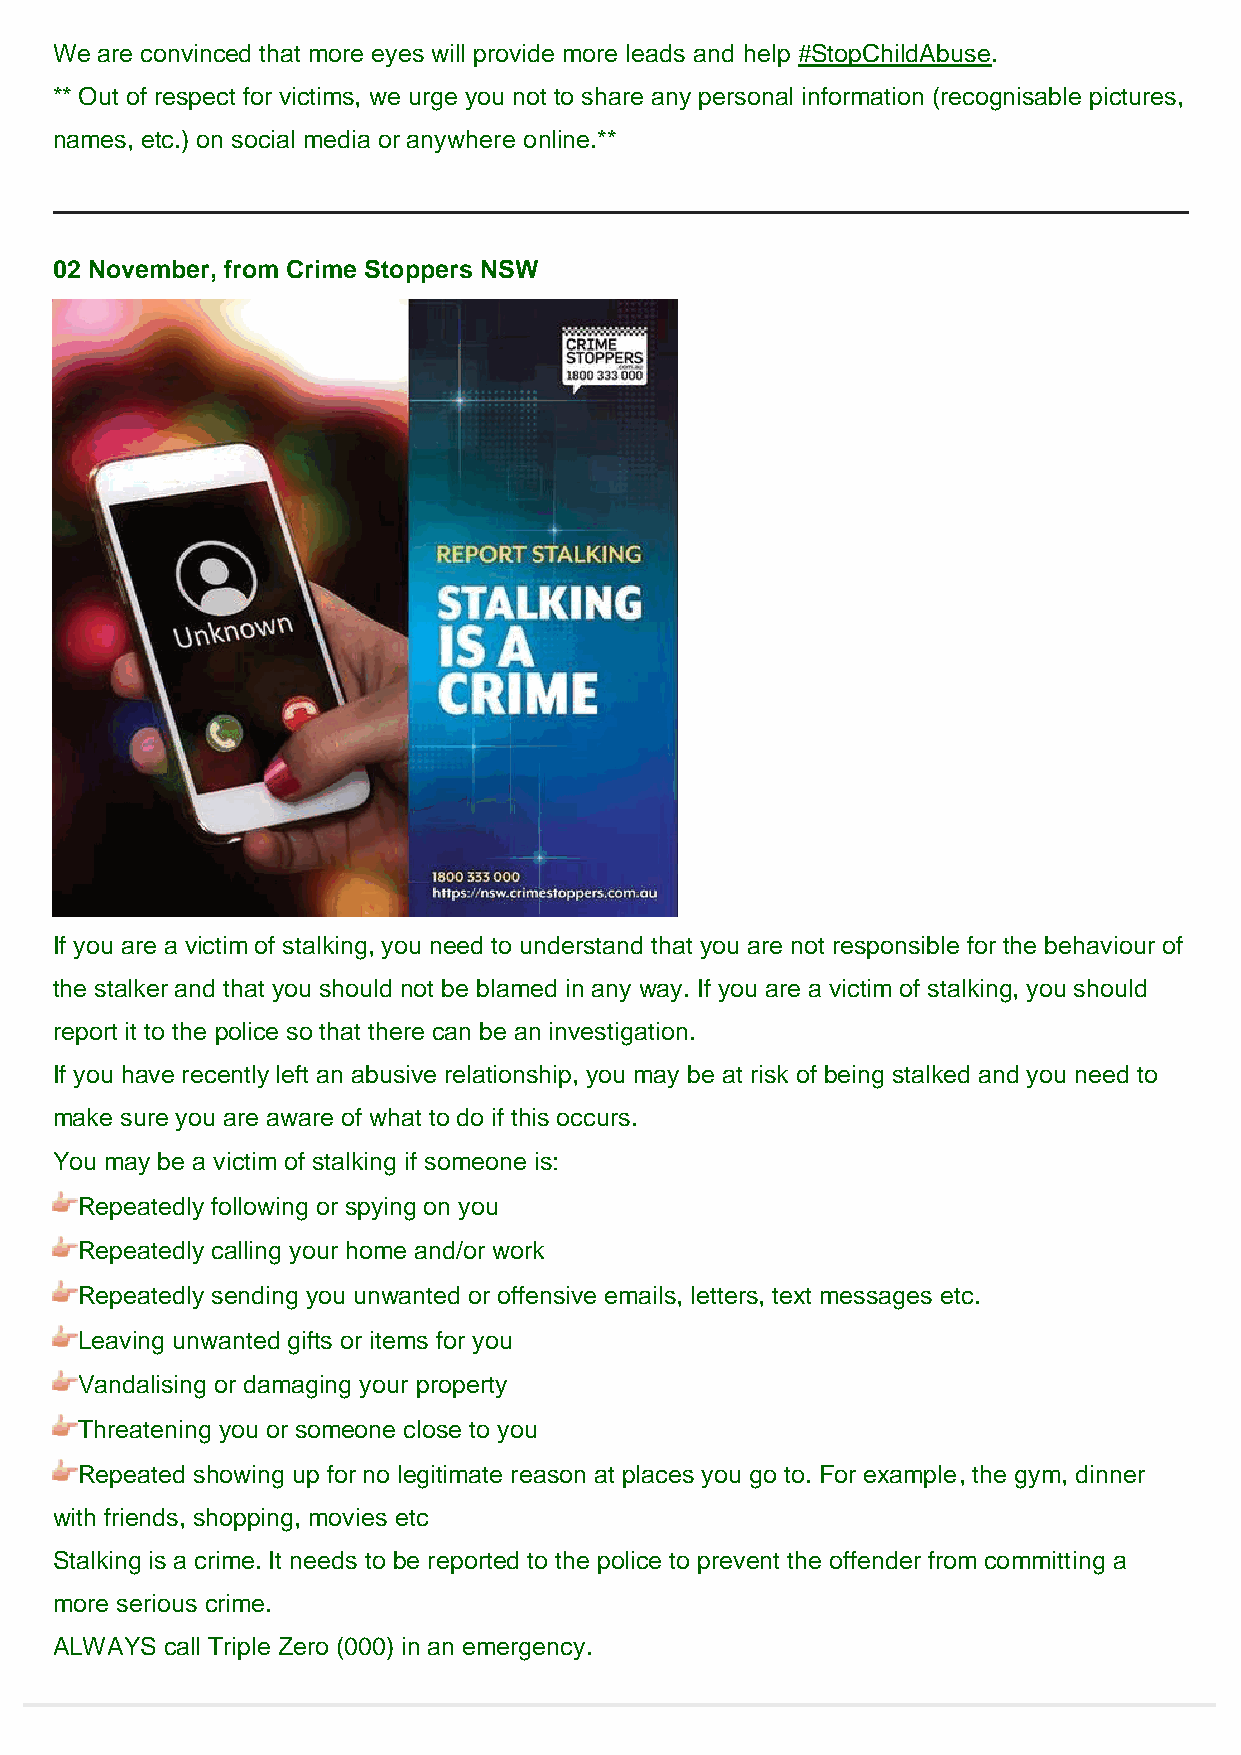
We are convinced that more eyes will provide more leads and help #StopChildAbuse.
 ** Out of respect for victims, we urge you not to share any personal information (recognisable pictures,
 names, etc.) on social media or anywhere online.**
 02 November, from Crime Stoppers NSW
 If you are a victim of stalking, you need to understand that you are not responsible for the behaviour of
 the stalker and that you should not be blamed in any way. If you are a victim of stalking, you should
 report it to the police so that there can be an investigation.
 If you have recently left an abusive relationship, you may be at risk of being stalked and you need to
 make sure you are aware of what to do if this occurs.
 You may be a victim of stalking if someone is:
 Repeatedly following or spying on you
 Repeatedly calling your home and/or work
 Repeatedly sending you unwanted or offensive emails, letters, text messages etc.
 Leaving unwanted gifts or items for you
 Vandalising or damaging your property
 Threatening you or someone close to you
 Repeated showing up for no legitimate reason at places you go to. For example, the gym, dinner
 with friends, shopping, movies etc
 Stalking is a crime. It needs to be reported to the police to prevent the offender from committing a
 more serious crime.
 ALWAYS call Triple Zero (000) in an emergency.